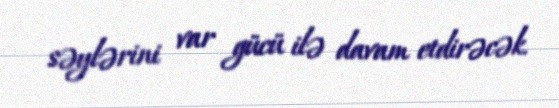
səylərini var gücü ilə davam etdirəcək.